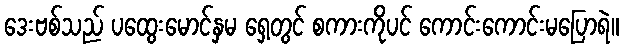
ဒေးဗစ်သည် ပထွေးမောင်နှမ ရှေ့တွင် စကားကိုပင် ကောင်းကောင်းမပြောရဲ။